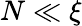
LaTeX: N\ll\xi